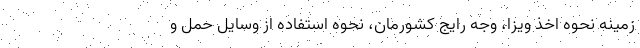
زمینه نحوه اخذ ویزا، وجه رایج کشورمان، نحوه استفاده از وسایل حمل و